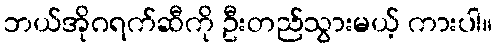
ဘယ်အိုဂရက်ဆီကို ဦးတည်သွားမယ့် ကားပါ။